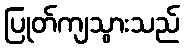
ပြုတ်ကျသွားသည်